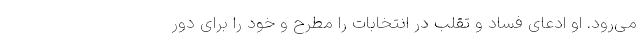
می‌رود. او ادعای فساد و تقلب در انتخابات را مطرح و خود را برای دور